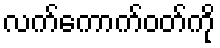
လက်ကောက်ဝတ်ကို